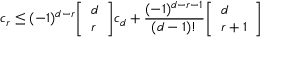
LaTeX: c _ { r } \leq ( - 1 ) ^ { d - r } { \left[ \begin{array} { l } { d } \\ { r } \end{array} \right] } c _ { d } + { \frac { ( - 1 ) ^ { d - r - 1 } } { ( d - 1 ) ! } } { \left[ \begin{array} { l } { d } \\ { r + 1 } \end{array} \right] }